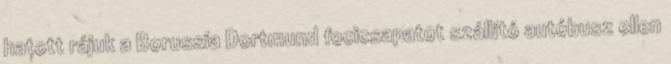
hatott rájuk a Borussia Dortmund focicsapatot szállító autóbusz ellen